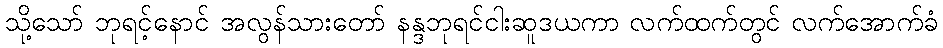
သို့သော် ဘုရင့်နောင် အလွန်သားတော် နန္ဒဘုရင်ငါးဆူဒယကာ လက်ထက်တွင် လက်အောက်ခံ